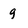
Character: g